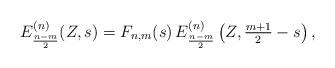
LaTeX: \begin{align*}E_{\frac{n-m}{2}}^{(n)}(Z,s)=F_{n,m}(s)\,E_{\frac{n-m}{2}}^{(n)}\left(Z,\tfrac{m+1}{2}-s\right),\end{align*}